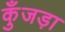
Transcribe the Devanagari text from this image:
कुँजड़ा